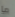
ما